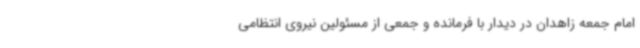
امام جمعه زاهدان در دیدار با فرمانده و جمعی از مسئولین نیروی انتظامی